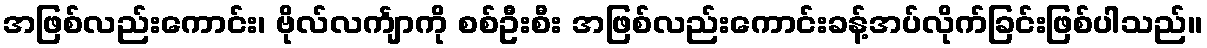
အဖြစ်လည်းကောင်း၊ ဗိုလ်လင်္ကျာကို စစ်ဦးစီး အဖြစ်လည်းကောင်းခန့်အပ်လိုက်ခြင်းဖြစ်ပါသည်။